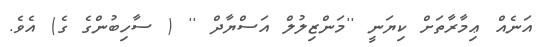
އަނެއް ޢިމާރާތަށް ކިޔަނީ ''މަންޒިލުލް އަސްޔާދް '' ( ސާހިބުންގެ ގެ) އެވެ.